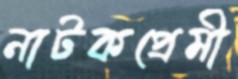
নাটকপ্রেমী